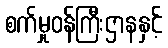
စက်မှုဝန်ကြီးဌာနနှင့်